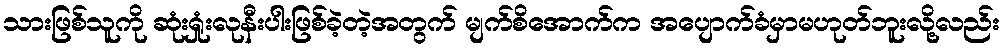
သားဖြစ်သူကို ဆုံးရှုံးလုနီးပါးဖြစ်ခဲ့တဲ့အတွက် မျက်စိအောက်က အပျောက်ခံမှာမဟုတ်ဘူးလို့လည်း